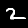
Label: 2